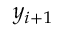
y _ { i + 1 }